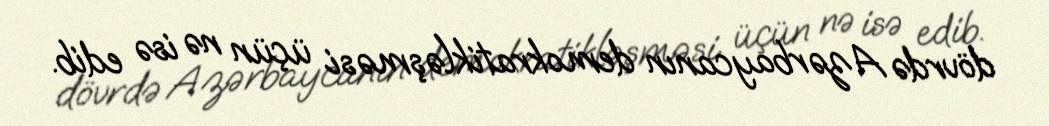
dövrdə Azərbaycanın demokratikləşməsi üçün nə isə edib.